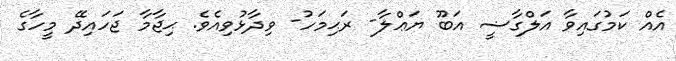
އެއް ކަމުގައިވާ އަލްގާޟީ އަބޫ ޔަޢްލާ- ރަޙިމަހު- ވިދާޅުވިއެވެ. ޙިޖާމާ ޖަހައިދޭ މީހާގެ